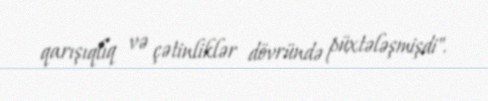
qarışıqlıq və çətinliklər dövründə püxtələşmişdi".